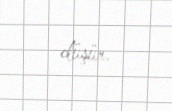
düşür.